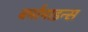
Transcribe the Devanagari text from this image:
बर्मामाइन्स